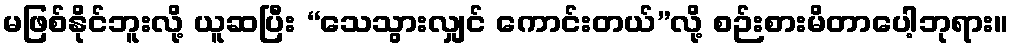
မဖြစ်နိုင်ဘူးလို့ ယူဆပြီး “သေသွားလျှင် ကောင်းတယ်”လို့ စဉ်းစားမိတာပေါ့ဘုရား။